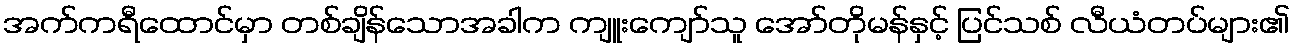
အက်ကရီထောင်မှာ တစ်ချိန်သောအခါက ကျူးကျော်သူ အော်တိုမန်နှင့် ပြင်သစ် လီယံတပ်များ၏